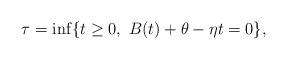
LaTeX: \begin{align*}\tau=\inf\{t\ge 0,\ B(t)+\theta-\eta t=0\},\end{align*}